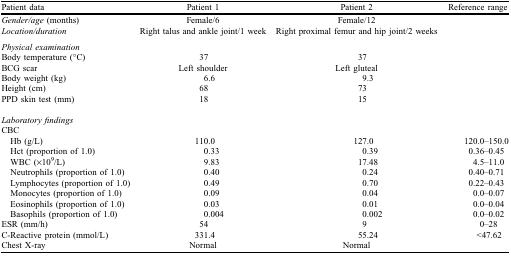
<table><thead><tr><td><b>Patient data</b></td><td><b>Patient 1</b></td><td><b>Patient 2</b></td><td><b>Reference range</b></td></tr></thead><tbody><tr><td><i>Gender/age</i> (months)</td><td>Female/6</td><td>Female/12</td><td></td></tr><tr><td><i>Location/duration</i></td><td>Right talus and ankle joint/1 week</td><td>Right proximal femur and hip joint/2 weeks</td><td></td></tr><tr><td><i>Physical examination</i></td><td></td><td></td><td></td></tr><tr><td>Body temperature (°C)</td><td>37</td><td>37</td><td></td></tr><tr><td>BCG scar</td><td>Left shoulder</td><td>Left gluteal</td><td></td></tr><tr><td>Body weight (kg)</td><td>6.6</td><td>9.3</td><td></td></tr><tr><td>Height (cm)</td><td>68</td><td>73</td><td></td></tr><tr><td>PPD skin test (mm)</td><td>18</td><td>15</td><td></td></tr><tr><td><i>Laboratory findings</i></td><td></td><td></td><td></td></tr><tr><td>CBC</td><td></td><td></td><td></td></tr><tr><td> Hb (g/L)</td><td>110.0</td><td>127.0</td><td>120.0–150.0</td></tr><tr><td> Hct (proportion of 1.0)</td><td>0.33</td><td>0.39</td><td>0.36–0.45</td></tr><tr><td> WBC (×10<sup>9</sup>/L)</td><td>9.83</td><td>17.48</td><td>4.5–11.0</td></tr><tr><td> Neutrophils (proportion of 1.0)</td><td>0.40</td><td>0.24</td><td>0.40–0.71</td></tr><tr><td> Lymphocytes (proportion of 1.0)</td><td>0.49</td><td>0.70</td><td>0.22–0.43</td></tr><tr><td> Monocytes (proportion of 1.0)</td><td>0.09</td><td>0.04</td><td>0.0–0.07</td></tr><tr><td> Eosinophils (proportion of 1.0)</td><td>0.03</td><td>0.01</td><td>0.0–0.04</td></tr><tr><td> Basophils (proportion of 1.0)</td><td>0.004</td><td>0.002</td><td>0.0–0.02</td></tr><tr><td>ESR (mm/h)</td><td>54</td><td>9</td><td>0–28</td></tr><tr><td>C-Reactive protein (mmol/L)</td><td>331.4</td><td>55.24</td><td>&lt;47.62</td></tr><tr><td>Chest X-ray</td><td>Normal</td><td>Normal</td><td></td></tr></tbody></table>